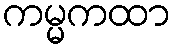
ကမ္မကထာ